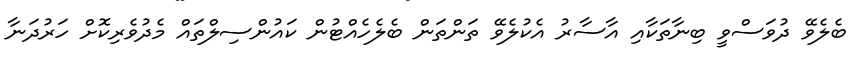
ބެލެވޭ ދުވަސްވީ ބިނާތަކާއި އާސާރު އެކުލެވޭ ތަންތަން ބެލެހެއްޓުން ކައުންސިލްތައް މެދުވެރިކޮށް ހަރުދަނާ